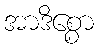
အာဒိစ္စော